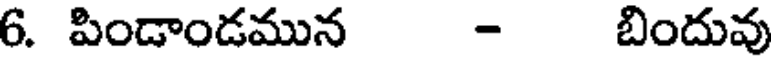
6. పిండాండమున - బిందువు